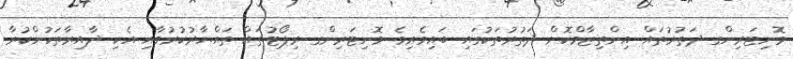
މޮނިޓަރިންގ ދަތުރުތައް އިންތިޒާމްކޮށް ދަތުރުތަކުގައި ބައިވެރިވެ މޮނިޓަރިންގ ރިޕޯޓުތައް ތައްޔާރުކުރުމާއި އެކި ދާއިރާތަކުންކުރާ